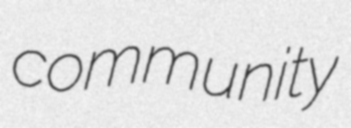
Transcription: community